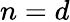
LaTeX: {n=d}